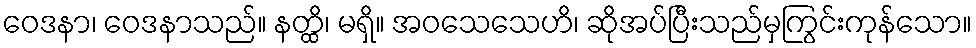
ဝေဒနာ၊ ဝေဒနာသည်။ နတ္ထိ၊ မရှိ။ အဝသေသေဟိ၊ ဆိုအပ်ပြီးသည်မှကြွင်းကုန်သော။